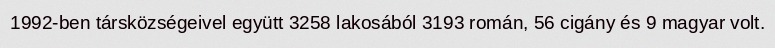
1992-ben társközségeivel együtt 3258 lakosából 3193 román, 56 cigány és 9 magyar volt.